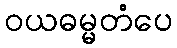
ဝယဓမ္မတံပေ